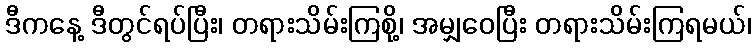
ဒီကနေ့ ဒီတွင်ရပ်ပြီး၊ တရားသိမ်းကြစို့၊ အမျှဝေပြီး တရားသိမ်းကြရမယ်၊